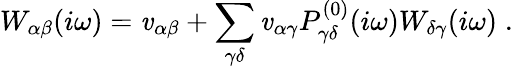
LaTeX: W_{\alpha\beta}(i\omega)=\mathit{v}_{\alpha\beta}+\sum_{\gamma\delta}\mathit{v}_{\alpha\gamma}P_{\gamma\delta}^{(0)}(i\omega)W_{\delta\gamma}(i\omega)\; .